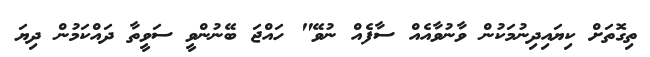
ތިގޮތަށް ކިޔައިދިނުމަކުން ވާނުވާއެއް ސާފެއް ނުވޭ" ހައްޖަ ބޭނުންވީ ސަވީތާ ދައްކަމުން ދިޔަ